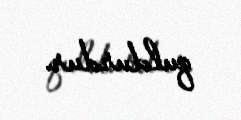
quldurdur.